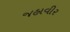
જહાવીર